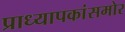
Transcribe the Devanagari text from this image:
प्राध्यापकांसमोर